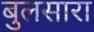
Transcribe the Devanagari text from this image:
बुलसारा